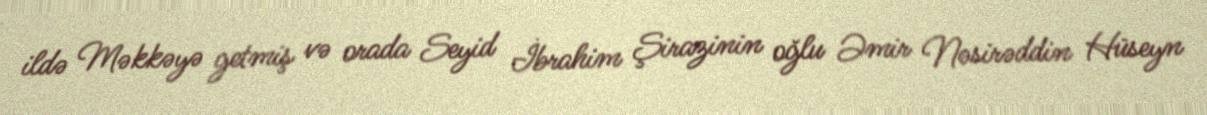
ildə Məkkəyə getmiş və orada Seyid İbrahim Şirazinin oğlu Əmir Nəsirəddin Hüseyn